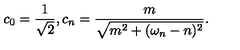
c _ { 0 } = { \frac { 1 } { \sqrt { 2 } } } , c _ { n } = { \frac { m } { \sqrt { m ^ { 2 } + ( \omega _ { n } - n ) ^ { 2 } } } } .